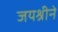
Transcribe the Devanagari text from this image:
जयश्रीने